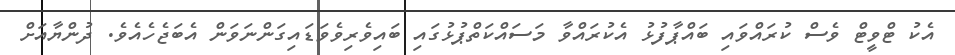
އެކު ޓްވީޓް ވެސް ކުރައްވައި ބައްޕާފުޅު އެކުރައްވާ މަސައްކަތްޕުޅުގައި ބައިވެރިވެވަޑައިގަންނަވަން އެބަޖެހެއެވެ. ދުންޔާއަށް